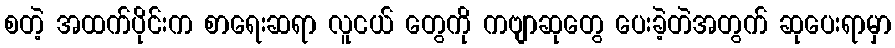
စတဲ့ အထက်ပိုင်းက စာရေးဆရာ လူငယ် တွေကို ကဗျာဆုတွေ ပေးခဲ့တဲအတွက် ဆုပေးရာမှာ